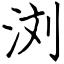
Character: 浏